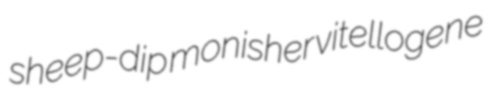
sheep-dip monisher vitellogene